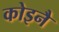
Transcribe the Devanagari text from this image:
कोइनै